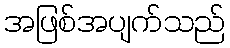
အဖြစ်အပျက်သည်